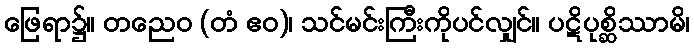
ဖြေရာ၌။ တညေဝ (တံ ဧဝ)၊ သင်မင်းကြီးကိုပင်လျှင်။ ပဋိပုစ္ဆိဿာမိ၊